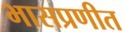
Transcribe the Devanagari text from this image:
भासप्रणीत